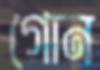
গোন